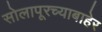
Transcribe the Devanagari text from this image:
सोलापूरच्याबाहेर